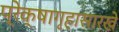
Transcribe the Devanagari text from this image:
प्रेक्षागृहासारखे